Document type: Emphyteutic lease
Year: 1274
Scribe: Pere Marquès
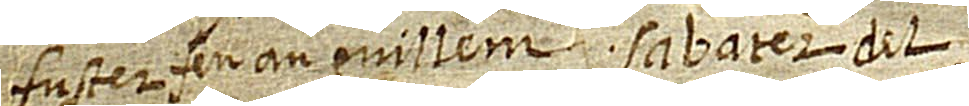
Fuster féu a·n Guillem Sabater del